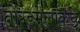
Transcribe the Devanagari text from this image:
तोरडमलांकडे